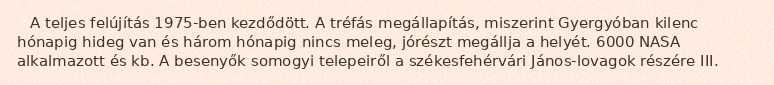
A teljes felújítás 1975-ben kezdődött. A tréfás megállapítás, miszerint Gyergyóban kilenc hónapig hideg van és három hónapig nincs meleg, jórészt megállja a helyét. 6000 NASA alkalmazott és kb. A besenyők somogyi telepeiről a székesfehérvári János-lovagok részére III.